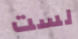
لست